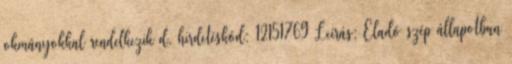
okmányokkal rendelkezik d. hirdetéskód: 12151769 Leírás: Eladó szép állapotban